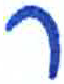
אות: ר